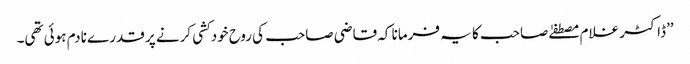
’’ڈاکٹر غلام مصطفےٰ صاحب کا یہ فرمانا کہ قاضی صاحب کی روح خودکشی کرنے پر قدرے نادم ہوئی تھی۔